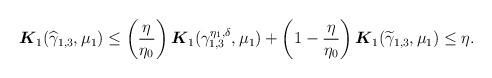
LaTeX: \begin{align*}\begin{aligned}\boldsymbol{K}_1( \widehat{\gamma}_{1,3}, \mu_1) & \leq \left( \frac{\eta}{\eta_0} \right) \boldsymbol{K}_1(\gamma^{\eta_1, \delta}_{1,3}, \mu_1) + \left( 1- \frac{\eta}{\eta_0} \right) \boldsymbol{K}_1(\widetilde{\gamma}_{1,3}, \mu_1) \leq \eta. \end{aligned}\end{align*}